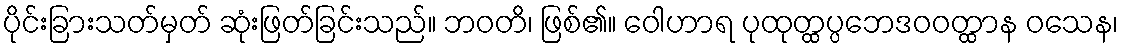
ပိုင်းခြားသတ်မှတ် ဆုံးဖြတ်ခြင်းသည်။ ဘဝတိ၊ ဖြစ်၏။ ဝေါဟာရ ပုထုတ္ထပ္ပဘေဒဝဝတ္ထာန ဝသေန၊